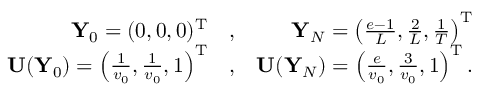
\begin{array} { r l r } { { \mathbf Y } _ { 0 } = ( 0 , 0 , 0 ) ^ { { \mathrm T } } } & { , } & { { \mathbf Y } _ { N } = \left( \frac { e - 1 } { L } , \frac { 2 } { L } , \frac { 1 } { T } \right) ^ { { \mathrm T } } } \\ { { \mathbf U } ( { \mathbf Y } _ { 0 } ) = \left( \frac { 1 } { v _ { 0 } } , \frac { 1 } { v _ { 0 } } , 1 \right) ^ { { \mathrm T } } } & { , } & { { \mathbf U } ( { \mathbf Y } _ { N } ) = \left( \frac { e } { v _ { 0 } } , \frac { 3 } { v _ { 0 } } , 1 \right) ^ { { \mathrm T } } . } \end{array}